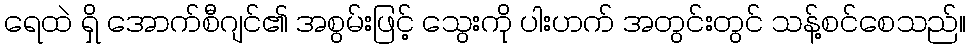
ရေထဲ ရှိ အောက်စီဂျင်၏ အစွမ်းဖြင့် သွေးကို ပါးဟက် အတွင်းတွင် သန့်စင်စေသည်။